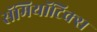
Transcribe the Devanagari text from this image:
सॅमियॉटिक्स